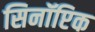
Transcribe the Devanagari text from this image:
सिनॉप्टिक